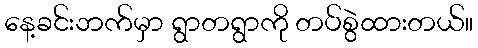
နေ့ခင်းဘက်မှာ ရွာတရွာကို တပ်စွဲထားတယ်။